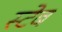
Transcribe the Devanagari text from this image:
स्टेब